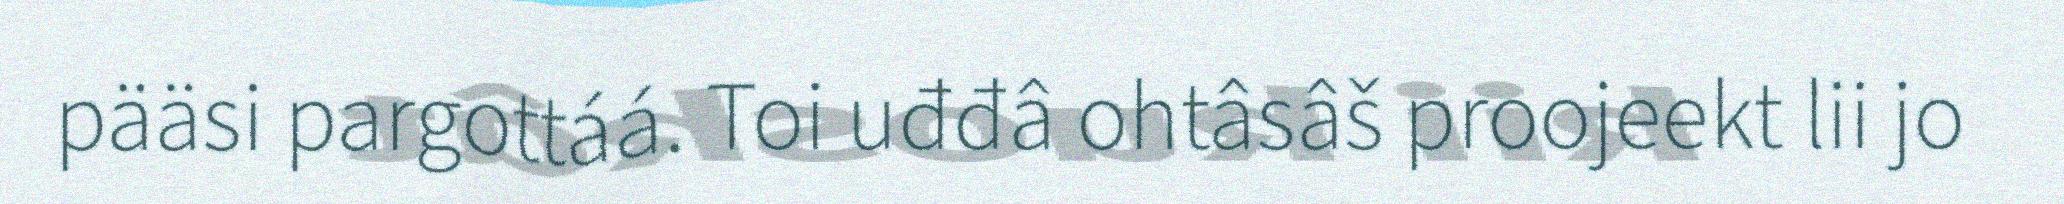
pääsi pargottáá. Toi uđđâ ohtâsâš proojeekt lii jo